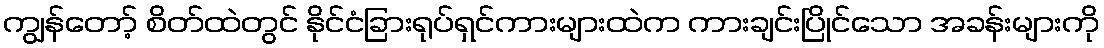
ကျွန်တော့် စိတ်ထဲတွင် နိုင်ငံခြားရုပ်ရှင်ကားများထဲက ကားချင်းပြိုင်သော အခန်းများကို